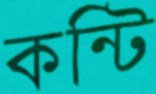
কন্টি